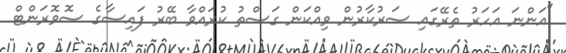
"އަންނަ އަހަރު ތެރޭގައި ސަރުކާރުން ވިއްކަން ގަސްތު ކުރައްވާ ބޭރު ފައިސާގެ ސޮވޮރަންޓް